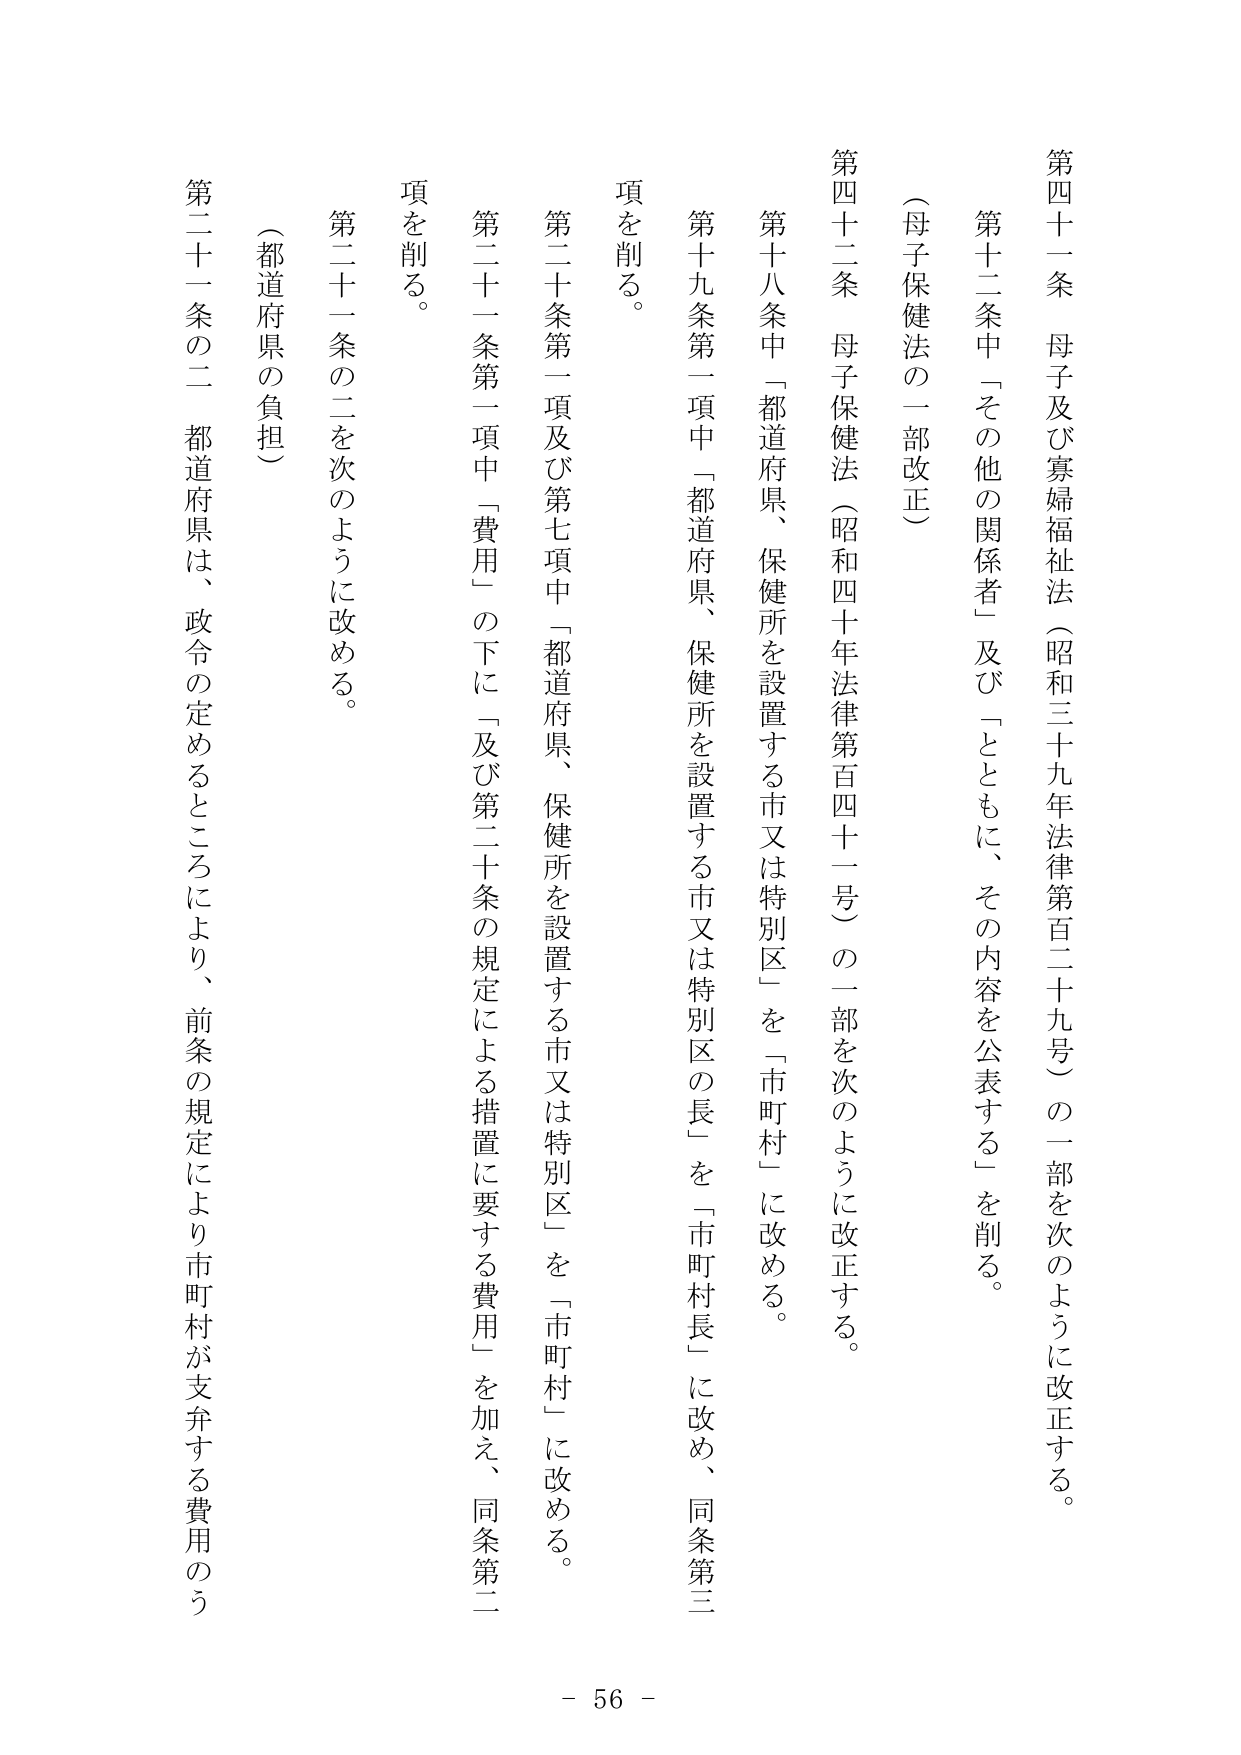
第四十一条　母子及び寡婦福祉法（昭和三十九年法律第百二十九号）の一部を次のように改正する。

第十二条中「その他の関係者」及び「とともに、その内容を公表する」を削る。

（母子保健法の一部改正）

第四十二条　母子保健法（昭和四十年法律第百四十一号）の一部を次のように改正する。

第十八条中「都道府県、保健所を設置する市又は特別区」を「市町村」に改める。

第十九条第一項中「都道府県、保健所を設置する市又は特別区の長」を「市町村長」に改め、同条第三項を削る。

第二十条第一項及び第七項中「都道府県、保健所を設置する市又は特別区」を「市町村」に改める。

第二十一条第一項中「費用」の下に「及び第二十条の規定による措置に要する費用」を加え、同条第二項を削る。

第二十一条の二を次のように改める。

（都道府県の負担）

第二十一条の二　都道府県は、政令の定めるところにより、前条の規定により市町村が支弁する費用のう

- 56 -